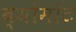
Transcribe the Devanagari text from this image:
ब्योमोंट